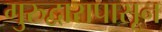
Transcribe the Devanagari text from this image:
गुरुद्वारापासून